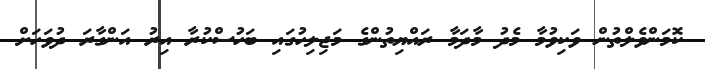
ކޮމަންވެލްތުން ވަކިވުމާ މެދު މާދަމާ ރައްޔިތުންގެ މަޖިލިހުގައި ބަހުސްކުރާ އިރު އަންގާރަ ދުވަހަށް